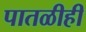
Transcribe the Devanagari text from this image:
पातळीही